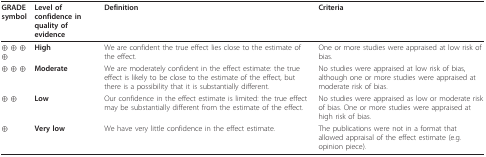
| GRADE symbol | Level of confidence in quality of evidence | Definition | Criteria |
 | --- | --- | --- | --- |
 | ⊕ ⊕ ⊕ ⊕ | High | We are confident the true effect lies close to the estimate of the effect. | One or more studies were appraised at low risk of bias. |
 | ⊕ ⊕ ⊕ | Moderate | We are moderately confident in the effect estimate: the true effect is likely to be close to the estimate of the effect, but there is a possibility that it is substantially different. | No studies were appraised at low risk of bias, although one or more studies were appraised at moderate risk of bias. |
 | ⊕ ⊕ | Low | Our confidence in the effect estimate is limited: the true effect may be substantially different from the estimate of the effect. | No studies were appraised as low or moderate risk of bias. One or more studies were appraised at high risk of bias. |
 | ⊕ | Very low | We have very little confidence in the effect estimate. | The publications were not in a format that allowed appraisal of the effect estimate (e.g. opinion piece). |